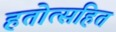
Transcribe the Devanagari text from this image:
हतोत्सहित